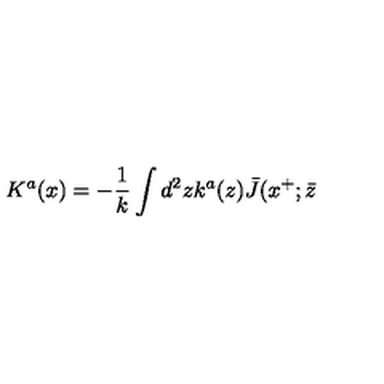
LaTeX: K ^ { a } ( x ) = - { \frac { 1 } { k } } \int d ^ { 2 } z k ^ { a } ( z ) \bar { J } ( x ^ { + } ; \bar { z }